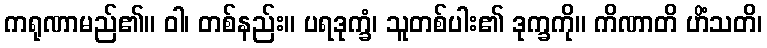
ကရုဏာမည်၏။ ဝါ၊ တစ်နည်း။ ပရဒုက္ခံ၊ သူတစ်ပါး၏ ဒုက္ခကို။ ကိဏာတိ ဟိံသတိ၊